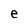
Character: e